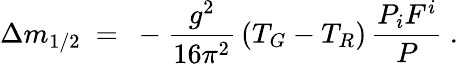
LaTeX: \Delta m_{1/2}\ =\ -\frac{g^{2}}{16\pi^{2}}\, (T_{G}-T_{R})\, \frac{P_{i}F^{i}}{P}~.